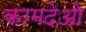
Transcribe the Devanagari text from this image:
कामदेओ